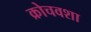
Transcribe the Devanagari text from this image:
क्रोचवशा